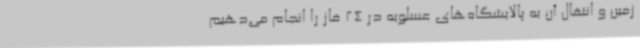
زمین و انتقال آن به پالایشگاه‌های عسلویه در 24 فاز را انجام می‌دهیم